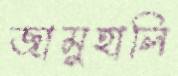
জামুহালি